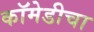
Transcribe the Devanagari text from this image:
कॉमेडीचा